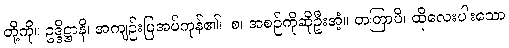
တို့ကို။ ဥဒ္ဒိဋ္ဌာနိ၊ အကျဉ်းပြအပ်ကုန်၏။ စ၊ အစဉ်ကိုဆိုဦးအံ့။ တတြာပိ၊ ထိုလေးပါးသော